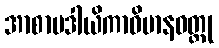
အာစာမဒါယိကာဝိမာနဝတ္ထု